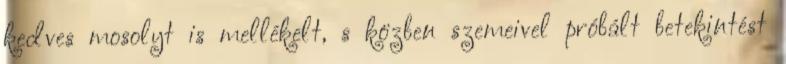
kedves mosolyt is mellékelt, s közben szemeivel próbált betekintést